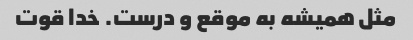
مثل همیشه به موقع و درست. خدا قوت